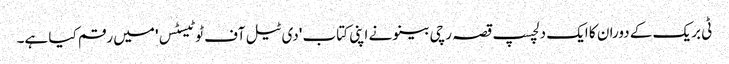
ٹی بریک کے دوران کا ایک دلچسپ قصہ رچی بینو نے اپنی کتاب 'دی ٹیل آف ٹو ٹیسٹس' میں رقم کیا ہے۔